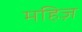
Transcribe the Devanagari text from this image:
महिज़